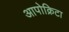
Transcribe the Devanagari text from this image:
आपोक्रिटा